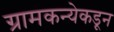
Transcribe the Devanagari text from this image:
ग्रामकन्येकडून